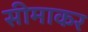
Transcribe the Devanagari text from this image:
सीमाकर